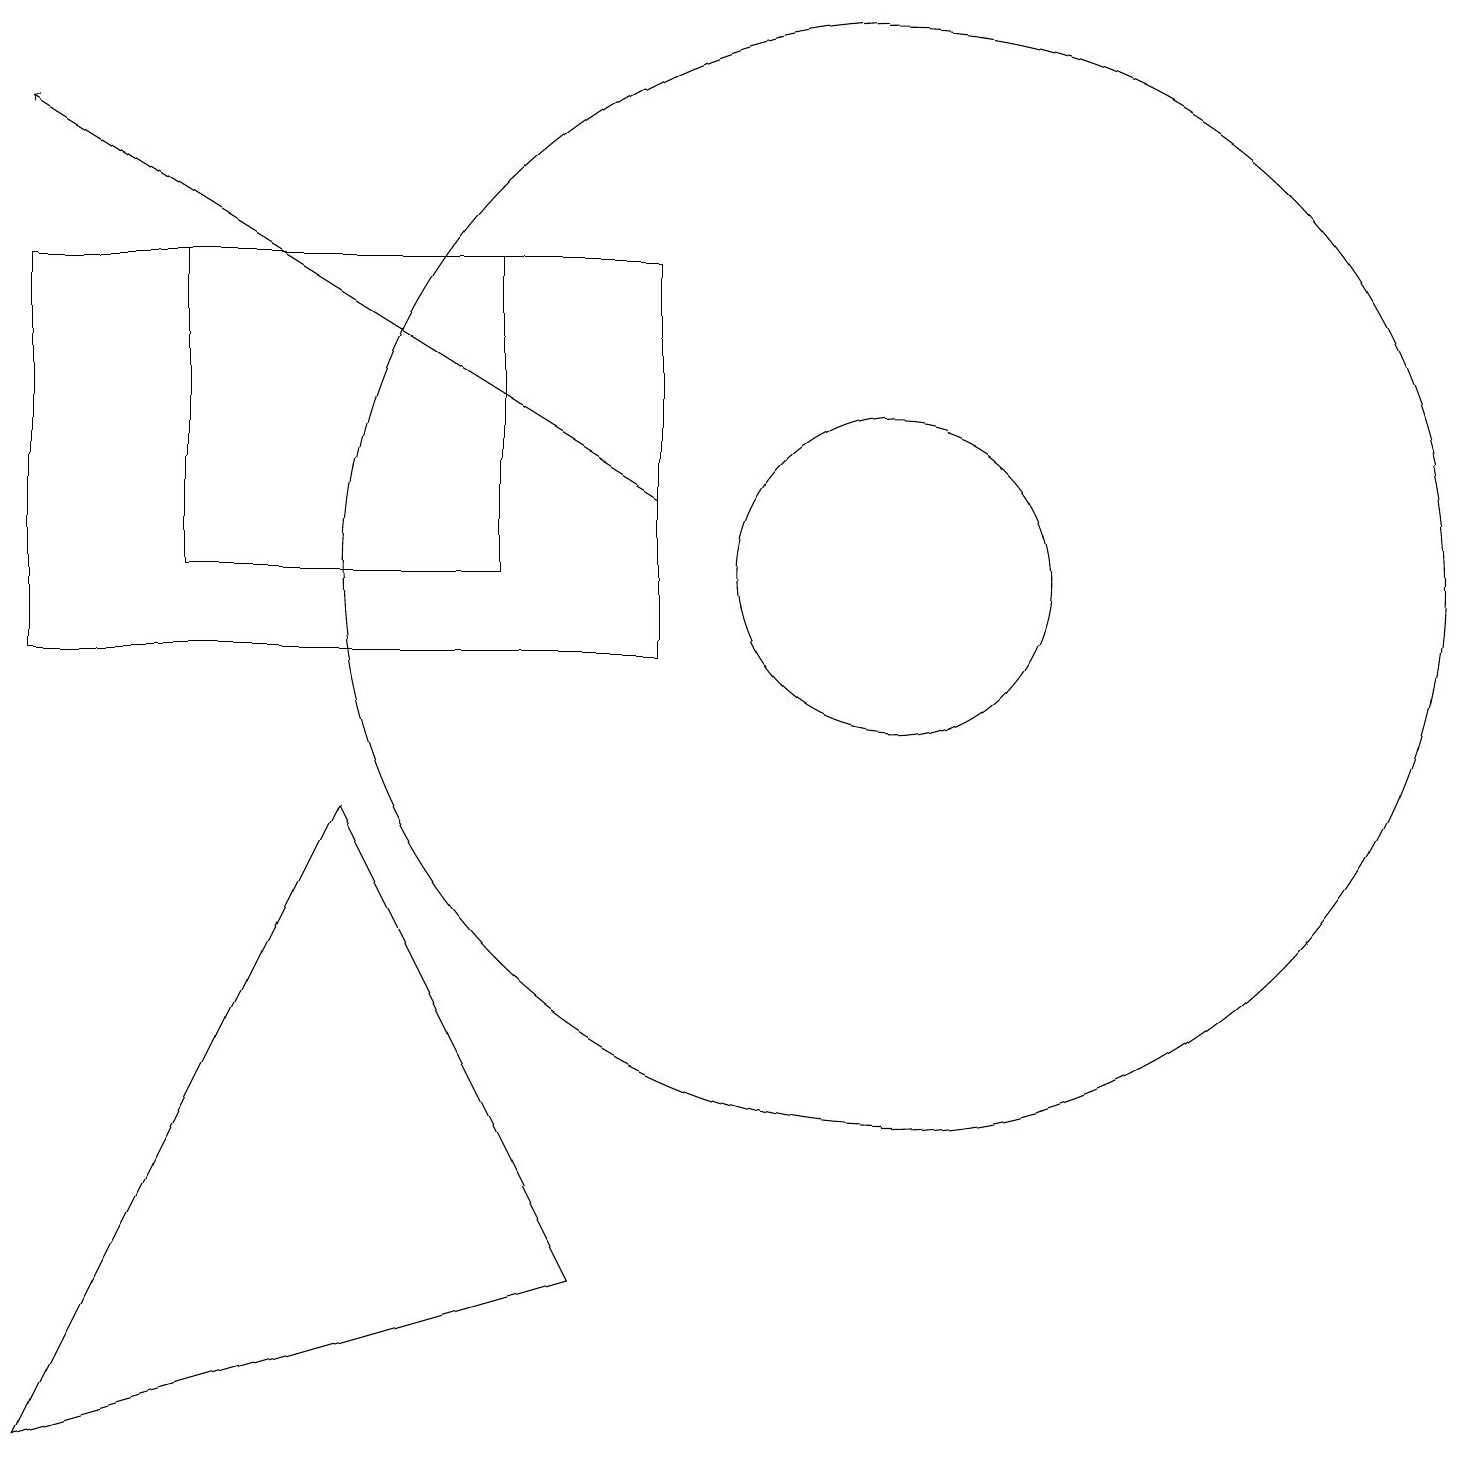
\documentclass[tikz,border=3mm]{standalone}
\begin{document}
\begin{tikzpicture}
\draw[->] (9,12) -- (1,17);
\draw (12,11) circle (7);
\draw (7,15) rectangle (3,11);
\draw (12,11) circle (2);
\draw (1,0) -- (8,2) -- (5,8) -- cycle;
\draw (1,10) rectangle (9,15);
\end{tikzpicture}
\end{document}